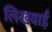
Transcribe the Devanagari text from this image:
लिखवाईं